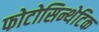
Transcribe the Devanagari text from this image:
फोटोसिन्थेटिक